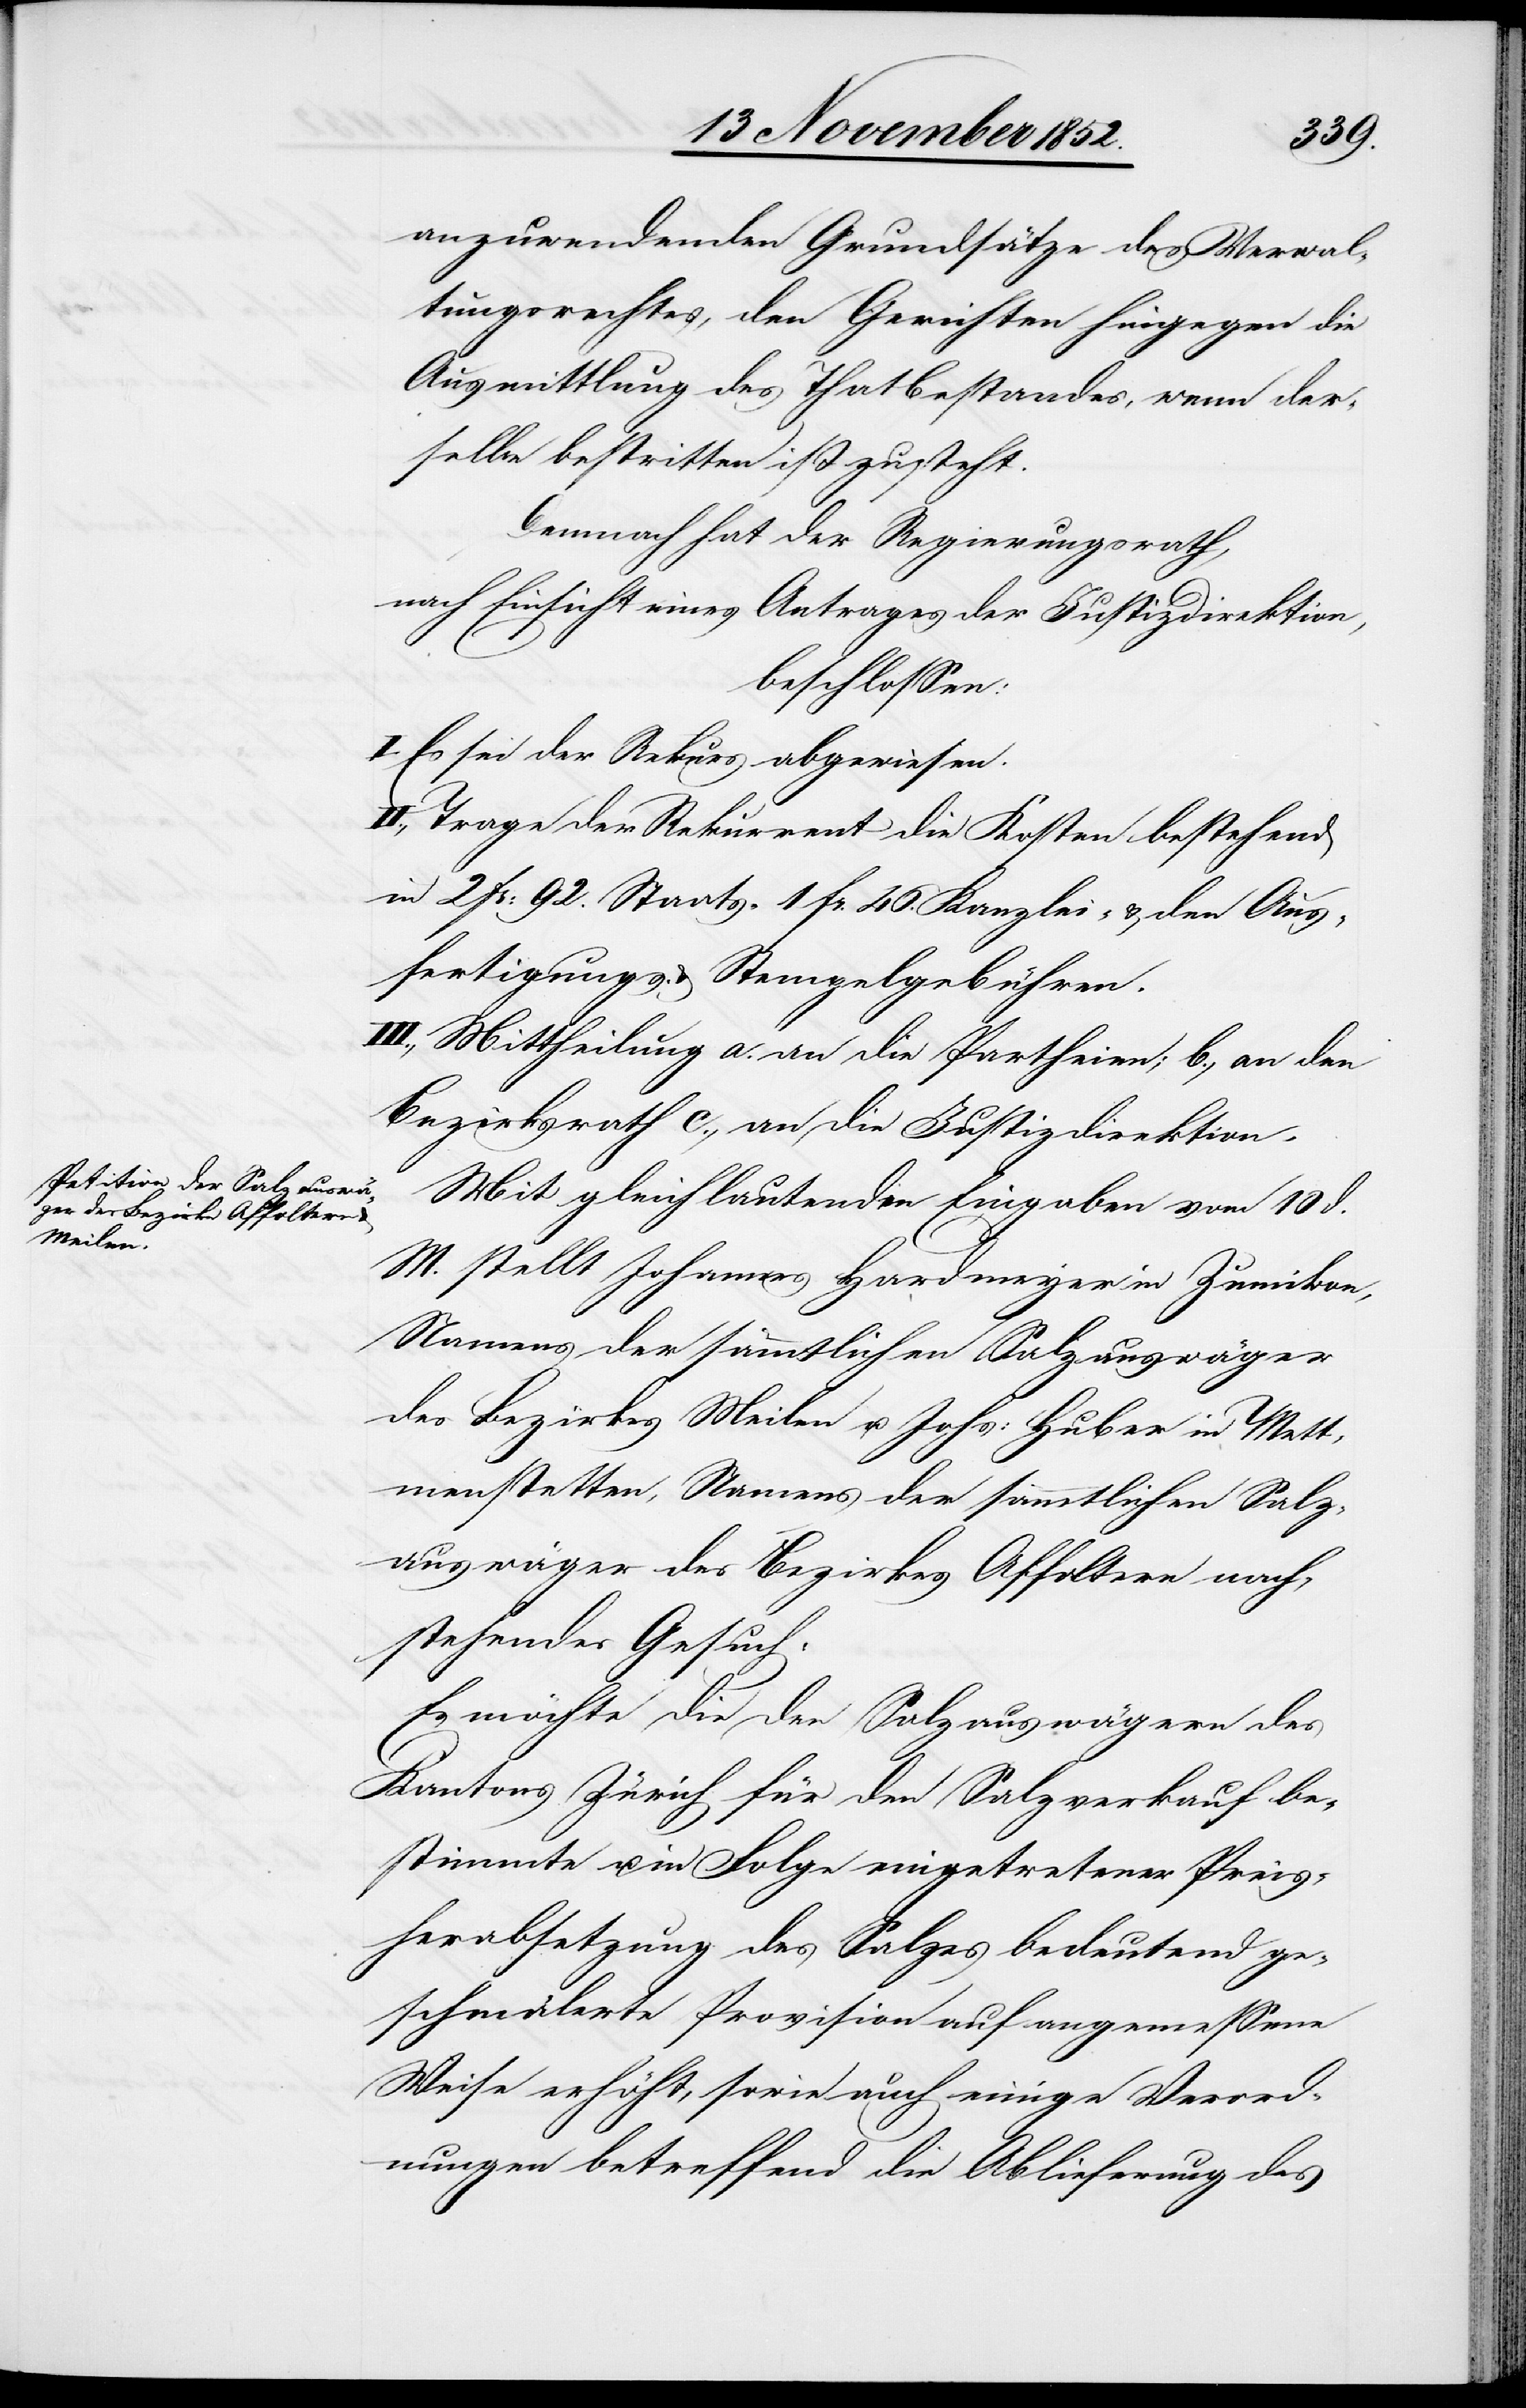
anzuwendenden Grundsätze des Verwal¬
tungsrechtes, den Gerichten hingegen die
Ausmittlung des Thatbestandes, wenn der¬
selbe bestritten ist zusteht.
Demnach hat der Regierungsrath,
nach Einsicht eines Antrages der Justizdirektion,
beschlossen:
I. Es sei der Rekurs abgewiesen.
II., Trage der Rekurrent die Kosten bestehend
in 2 Fr: 92. Staats-[,] 1 Fr. 46. Kanzlei- & den Aus¬
fertigungs- & Stempelgebühren.
III., Mittheilung a. an die Partheien; b., an den
Bezirksrath c., an die Justizdirektion.
Mit gleich lautenden Eingaben vom 10 d.
M. stellt Johannes Hardmeyer in Zumikon,
Namens der sämmtlichen Salzauswäger
des Bezirkes Meilen u. Johs: Huber in Mett¬
menstetten, Namens der sämmtlichen Salz¬
auswäger des Bezirkes Affoltern nach¬
stehendes Gesuch:
Es möchte die den Salzauswägern des
Kantons Zürich für den Salzverkauf be¬
stimmte u. in Folge eingetretener Preis¬
herabsetzung des Salzes bedeutend ge¬
schmälerte Provision auf angemessene
Weise erhöht, sowie auch einige Verord¬
nungen betreffend die Ablieferung des